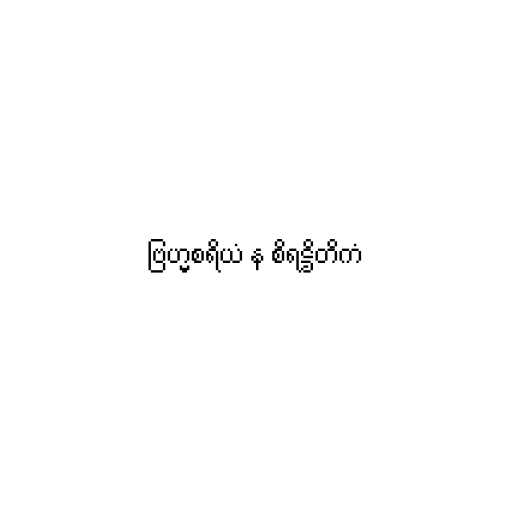
ဗြဟ္မစရိယံ န စိရဋ္ဌိတိကံ